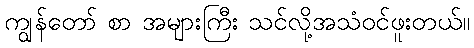
ကျွန်တော် စာ အများကြီး သင်လို့အသံဝင်ဖူးတယ်။